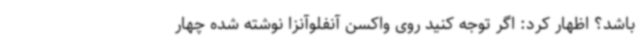
باشد؟ اظهار کرد: اگر توجه کنید روی واکسن آنفلوآنزا نوشته شده چهار